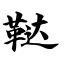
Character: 鞑